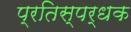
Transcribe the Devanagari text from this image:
प्रतिस्पर्धक